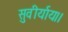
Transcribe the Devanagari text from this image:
सुवीर्याय।।